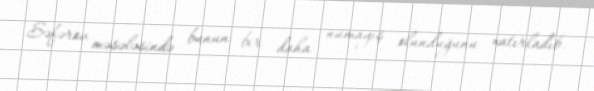
Səfərov məsələsində bunun bir daha nümayiş olunduğunu xatırladıb.